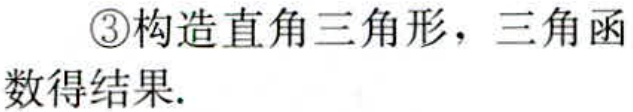
\textcircled{3}构造直角三角形，三角函数得结果.